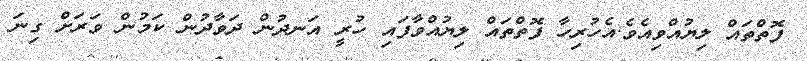
ފޮތްތައް ލިޔުއްވިއެވެ.އެހުރިހާ ފޮތްތައް ލިޔުއްވާފައި ހުރީ އަނދުން ދަވާދުން ކަމުން ވަރަށް ގިނަ